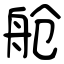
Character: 舱